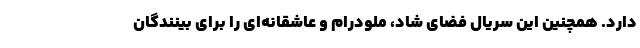
دارد. همچنین این سریال فضای شاد، ملودرام و عاشقانه‌ای را برای بینندگان